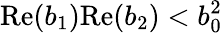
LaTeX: \mathrm{Re}(b_{1})\mathrm{Re}(b_{2})<b_{0}^{2}